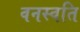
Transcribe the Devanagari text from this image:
वनस्वति